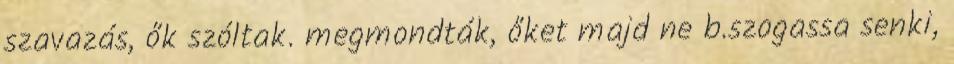
szavazás, ők szóltak. megmondták, őket majd ne b.szogassa senki,